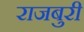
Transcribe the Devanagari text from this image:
राजबुरी